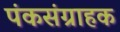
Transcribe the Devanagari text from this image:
पंकसंग्राहक